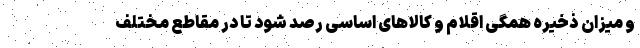
و میزان ذخیره همگی اقلام و کالاهای اساسی رصد شود تا در مقاطع مختلف